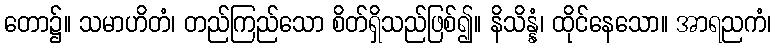
တော၌။ သမာဟိတံ၊ တည်ကြည်သော စိတ်ရှိသည်ဖြစ်၍။ နိသိန္နံ၊ ထိုင်နေသော။ အာရညကံ၊